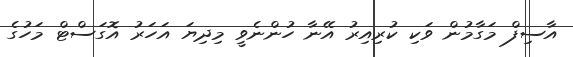
އާސިފް މަގާމުން ވަކި ކުރިއިރު އޭނާ ހުންނެވީ މިދިޔަ އަހަރު އޮގަސްޓް މަހުގެ